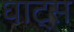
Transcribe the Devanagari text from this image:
घाट्स